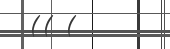
(( (